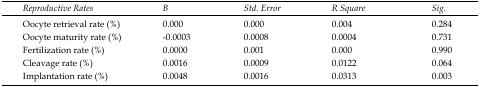
| Reproductive Rates | B | Std. Error | R Square | Sig. |
 | --- | --- | --- | --- | --- |
 | Oocyte retrieval rate (%) | 0.000 | 0.000 | 0.004 | .284 |
 | Oocyte maturity rate (%) | -0.0003 | 0.0008 | 0.0004 | .731 |
 | Fertilization rate (%) | 0.0000 | 0.001 | 0.000 | .990 |
 | Cleavage rate (%) | 0.0016 | 0.0009 | 0.0122 | .064 |
 | Implantation rate (%) | 0.0048 | 0.0016 | 0.0313 | .003 |